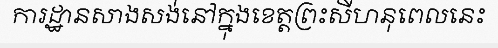
ការដ្ឋានសាងសង់នៅក្នុងខេត្តព្រះសីហនុពេលនេះ